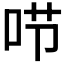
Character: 𠰱